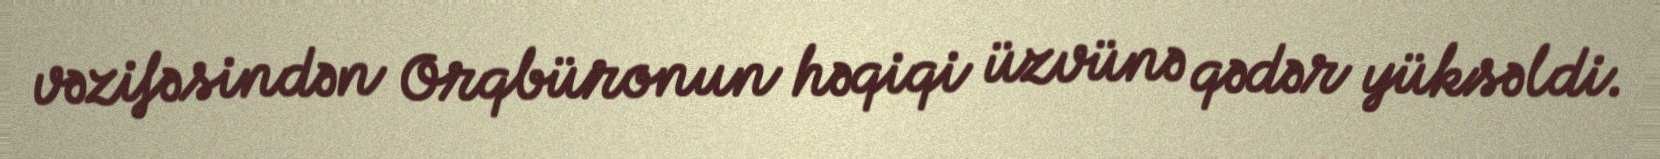
vəzifəsindən Orqbüronun həqiqi üzvünə qədər yüksəldi.